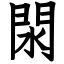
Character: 閖